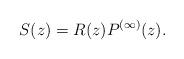
LaTeX: \begin{align*}S(z) = R(z) P^{(\infty)}(z).\end{align*}